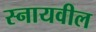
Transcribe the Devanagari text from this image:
स्नायवील